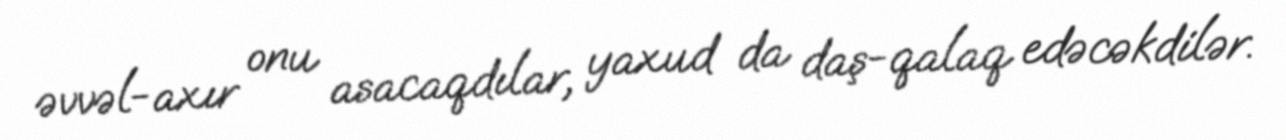
əvvəl-axır onu asacaqdılar, yaxud da daş-qalaq edəcəkdilər.